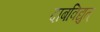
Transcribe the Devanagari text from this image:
दाबविद्युत्‌